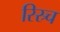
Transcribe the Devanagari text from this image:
रिस्र्च